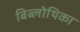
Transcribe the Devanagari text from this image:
बिब्लोथिका